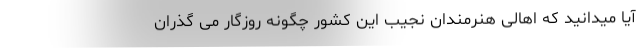
آیا میدانید که اهالی هنرمندان نجیب این کشور چگونه روزگار می گذران